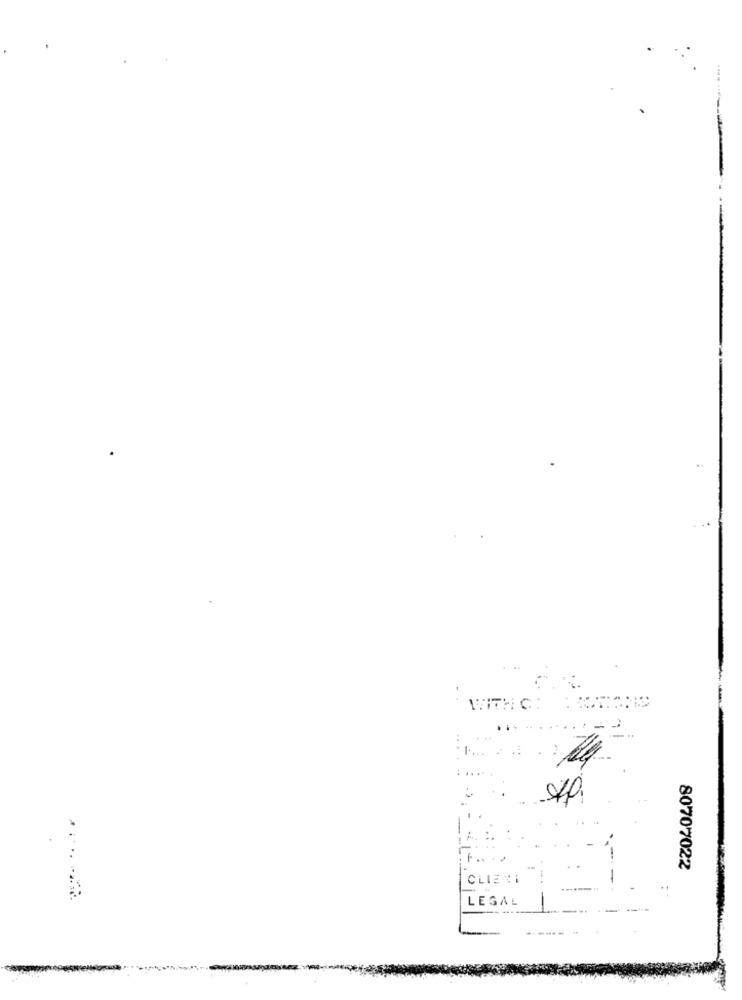
-------
WITH CH TATIONS
.. .
.----
70.
80707022
CLIERI
LEGAL
-